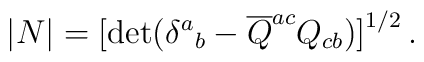
|N|=  \bigl[\det\bigl( \delta ^a{}_b-{\overline Q}^{ac}Q_{cb}\bigr)  \bigr] ^{1/2}\, .